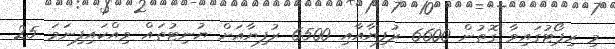
މި ރިޕޯޓުގައިވާ ގޮތުން 6600 ރުފިޔާއާއި 6500 ރުފިޔާއަށް ޔުނިޓުތައް ވިއްކައިފިނަމަ 25